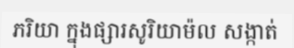
ភរិយា ក្នុងផ្សារសូរិយាម៉ល សង្កាត់